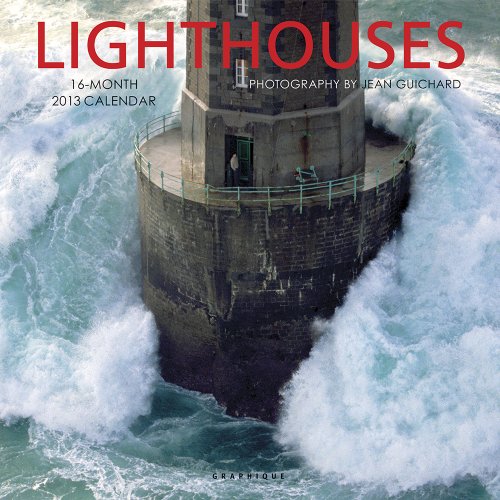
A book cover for Lighthouses (Multilingual Edition); Calendars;